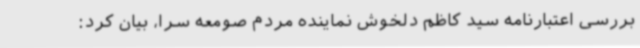
بررسی اعتبارنامه سید کاظم دلخوش نماینده مردم صومعه سرا، بیان کرد: